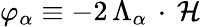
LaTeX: \varphi_{\alpha}\equiv-2\, \Lambda_{\alpha}\, \cdot\, \mathcal{H}